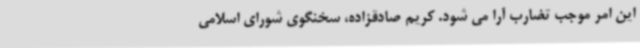
این امر موجب تضارب آرا می شود. کریم صادقزاده، سخنگوی شورای اسلامی